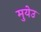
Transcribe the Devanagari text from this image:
मुयेउ